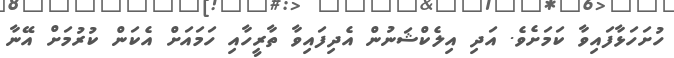
ހުށަހަޅާފައިވާ ކަމަށެވެ. އަދި އިލެކްޝަނުން އެދިފައިވާ ތާރީހާއި ހަމައަށް އެކަން ކުރުމަށް އޭނާ